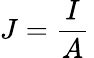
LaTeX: J={\frac{I}{A}}\,